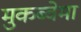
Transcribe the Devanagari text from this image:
मुकब्वेमा